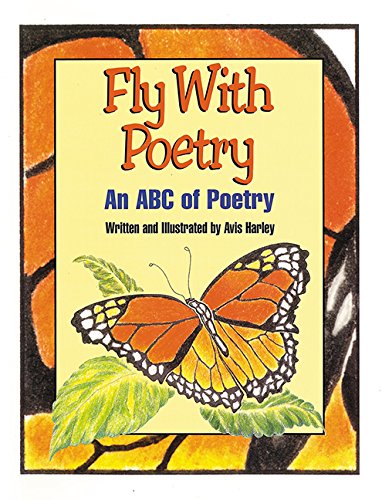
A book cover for Fly with Poetry: An ABC of Poetry; Avis Harley; Children's Books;